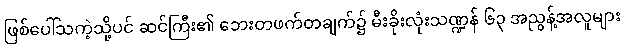
ဖြစ်ပေါ်သကဲ့သို့ပင် ဆင်ကြီး၏ ဘေးတဖက်တချက်၌ မီးခိုးလုံးသဏ္ဍန် ၆၃ အညွန့်အလူများ